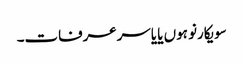
سویکارنو ہوں یا یاسرعرفات۔